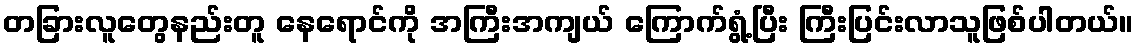
တခြားလူတွေနည်းတူ နေရောင်ကို အကြီးအကျယ် ကြောက်ရွံ့ပြီး ကြီးပြင်းလာသူဖြစ်ပါတယ်။